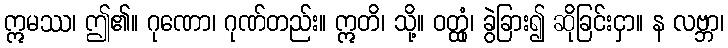
ဣမဿ၊ ဤ၏။ ဂုဏော၊ ဂုဏ်တည်း။ ဣတိ၊ သို့။ ဝတ္ထုံ၊ ခွဲခြား၍ ဆိုခြင်းငှာ။ န လဗ္ဘာ၊